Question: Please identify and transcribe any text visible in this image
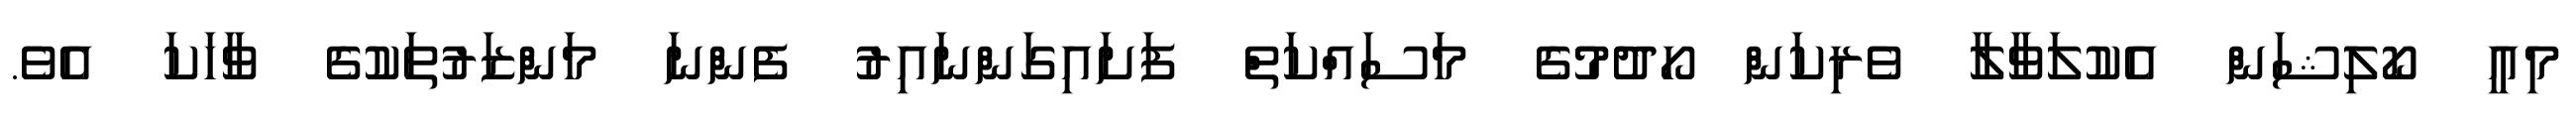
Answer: މިއީ ކޯލިޝަން އެކުލަވާލާ ވެރިކަން ހޯދުމުގެ މަސައްކަތް ފަށައިގަންނައިރު ފެންނަ މަންޒަރުތަކުގެ ވާހަކަ އެވެ.